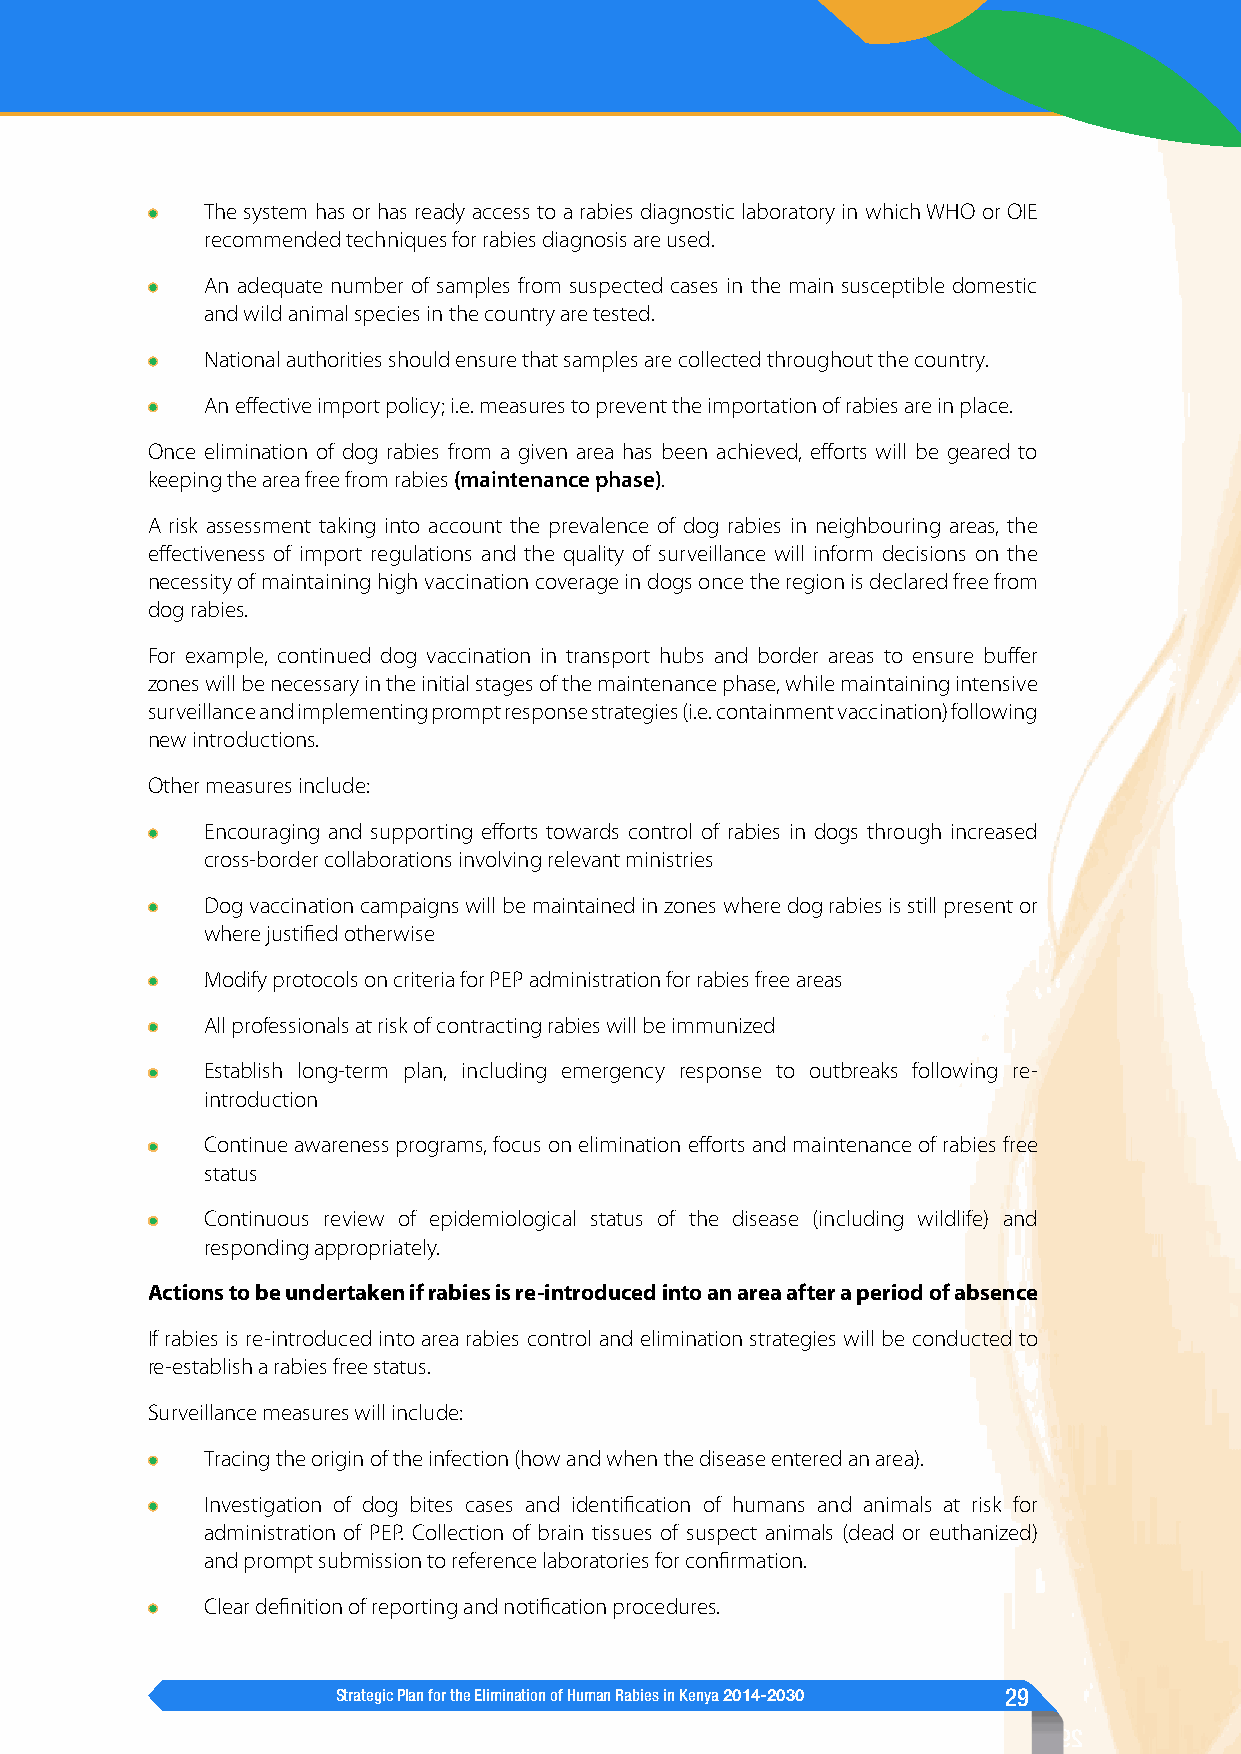
The system has or has ready access to a rabies diagnostic laboratory in which WHO or OIE
 recommended techniques for rabies diagnosis are used.
 An adequate number of samples from suspected cases in the main susceptible domestic
 and wild animal species in the country are tested.
 National authorities should ensure that samples are collected throughout the country.
 An effective import policy; i.e. measures to prevent the importation of rabies are in place.
 Once elimination of dog rabies from a given area has been achieved, efforts will be geared to
 keeping the area free from rabies (maintenance phase).
 A risk assessment taking into account the prevalence of dog rabies in neighbouring areas, the
 effectiveness of import regulations and the quality of surveillance will inform decisions on the
 necessity of maintaining high vaccination coverage in dogs once the region is declared free from
 dog rabies.
 For example, continued dog vaccination in transport hubs and border areas to ensure buffer
 zones will be necessary in the initial stages of the maintenance phase, while maintaining intensive
 surveillance and implementing prompt response strategies (i.e. containment vaccination) following
 new introductions.
 Other measures include:
 Encouraging and supporting efforts towards control of rabies in dogs through increased
 cross-border collaborations involving relevant ministries
 Dog vaccination campaigns will be maintained in zones where dog rabies is still present or
 where justified otherwise
 Modify protocols on criteria for PEP administration for rabies free areas
 All professionals at risk of contracting rabies will be immunized
 Establish long-term plan, including emergency response to outbreaks following re-
 introduction
 Continue awareness programs, focus on elimination efforts and maintenance of rabies free
 status
 Continuous review of epidemiological status of the disease (including wildlife) and
 responding appropriately.
 Actions to be undertaken if rabies is re-introduced into an area after a period of absence
 If rabies is re-introduced into area rabies control and elimination strategies will be conducted to
 re-establish a rabies free status.
 Surveillance measures will include:
 Tracing the origin of the infection (how and when the disease entered an area).
 Investigation of dog bites cases and identification of humans and animals at risk for
 administration of PEP. Collection of brain tissues of suspect animals (dead or euthanized)
 and prompt submission to reference laboratories for confirmation.
 Clear definition of reporting and notification procedures.
 Strategic Plan for the Elimination of Human Rabies in Kenya 2014-2030 29
 9 2